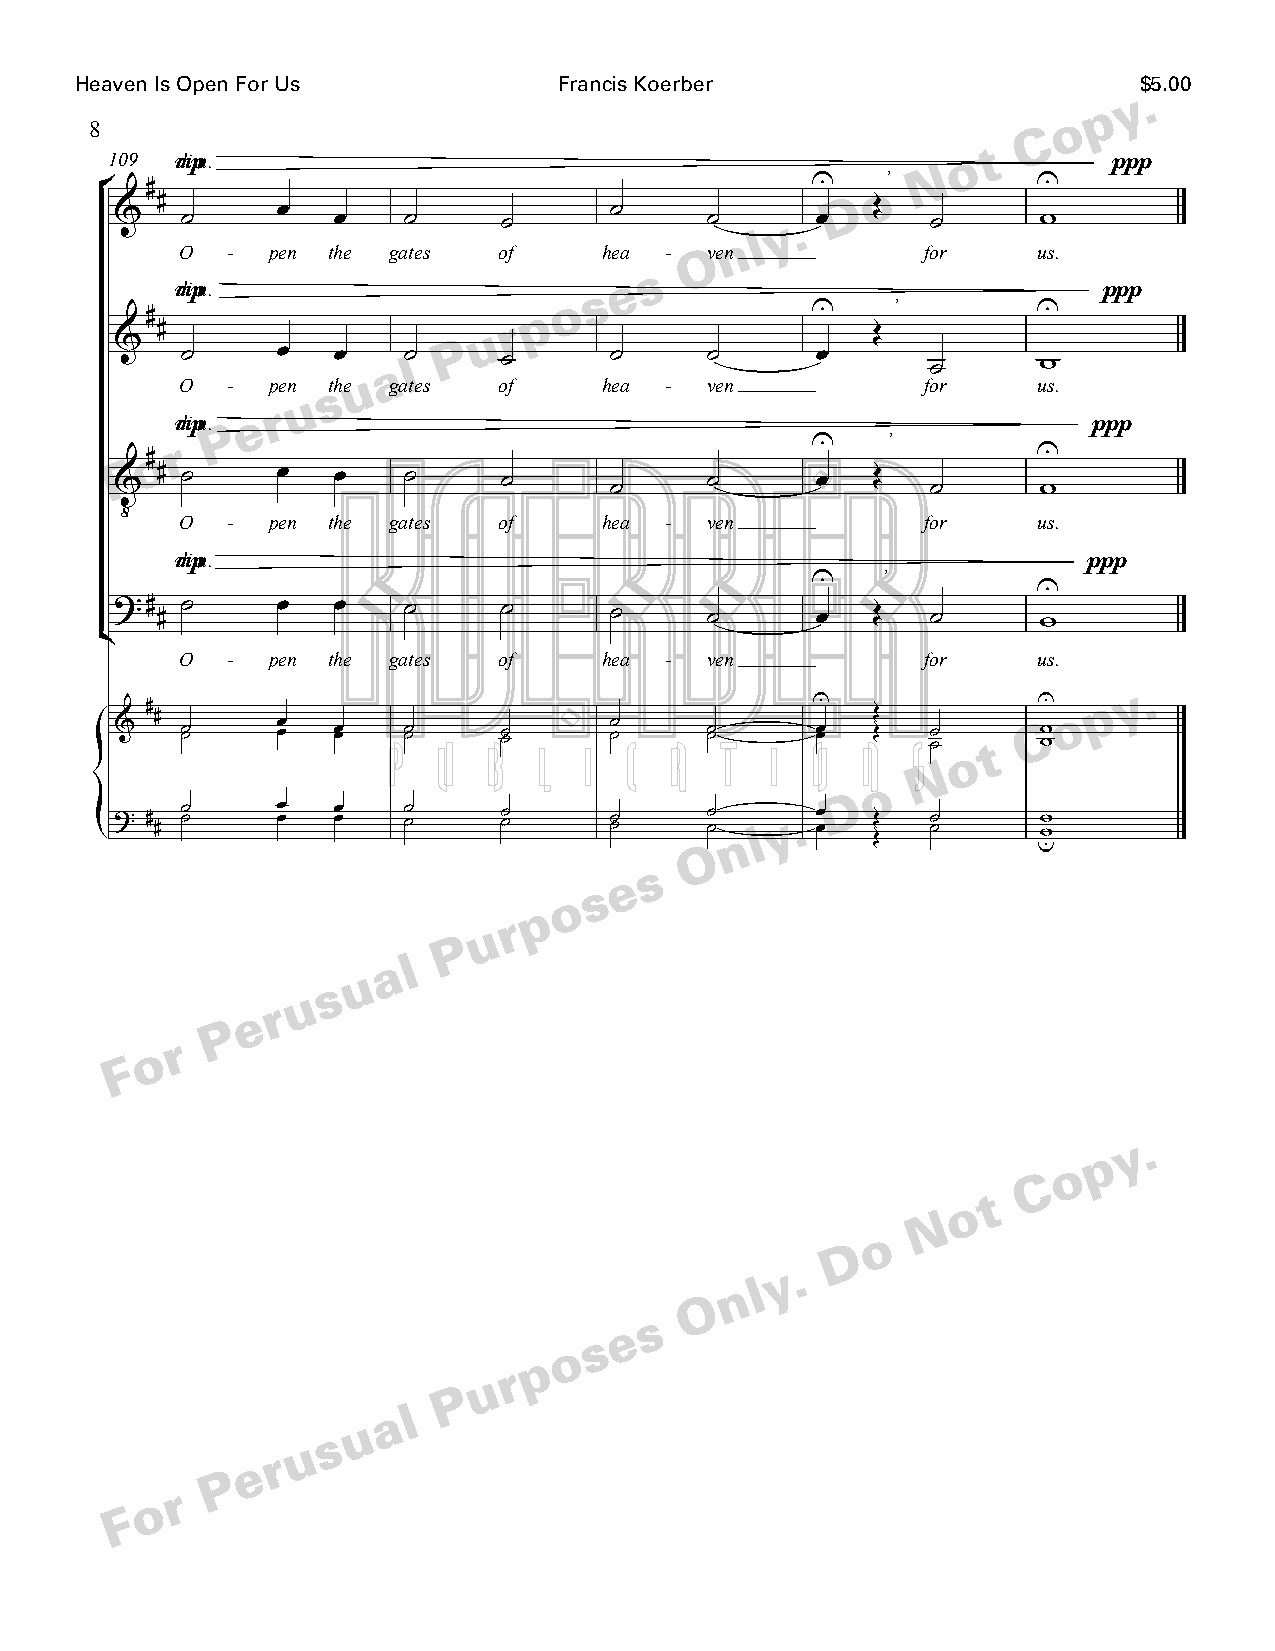
Heaven Is Open For Us           Francis Koerber                       $5.00
 y .
 p
 o
 8                                                             C
 t
 109  mdipm.                                             o          ppp
 N
 #                                           U   o’         U
 ° & # ˙    œ   œ    ˙     ˙      ˙      ˙   y . œD Œ   ˙      w
 n l
 O  -  pen the gates  of     hea - Oven           for     us.
 s
 e
 mdipm.                     s                                 ppp
 #                        p o                U    ’         U
 #                    u  r                       Œ
 &                    P
 ˙     œ   œ  a ˙ l   ˙      ˙      ˙      œ       ˙      w
 u
 O  -  pen sthe gates of     hea -  ven           for     us.
 u
 r
 mdipm.P e                                                   ppp
 r                                          U    ’
 o#                                                          U
 F & # ˙    œ   œ    ˙     ˙      ˙      ˙      œ   Œ   ˙      w
 ‹   O  -  pen the gates  of     hea -  ven           for     us.
 mdipm.                                                      ppp
 U   ’
 U
 ?# # ˙    œ   œ    ˙     ˙      ˙      ˙      œ   Œ   ˙      w
 ¢
 O  -  pen the gates  of     hea -  ven           for     us.
 y .
 #                                           U              U  p
 #                                               Œ           o
 &   ˙ ˙   œ œ œ œ P˙ ˙ U B˙ ˙ L I ˙ ˙ C A ˙ ˙ T I Oœ œ NŒ S˙ ˙ o t Cw w
 N
 o
 D
 ? # # ˙ ˙ œ œ œ œ  ˙ ˙   ˙ ˙    ˙ ˙  O˙ ˙ n l y . œ œ ŒŒ ˙ ˙ uw w
 s
 e
 s
 o
 p
 r
 u
 P
 a l
 u
 s
 u
 r
 e
 P
 r
 o
 F
 y .
 p
 o
 C
 t
 o
 N
 o
 D
 y .
 n l
 O
 s
 e
 s
 o
 p
 r
 u
 P
 a l
 u
 s
 u
 r
 e
 P
 r
 o
 F